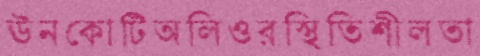
ঊনকোটিঅলিওরস্থিতিশীলতা